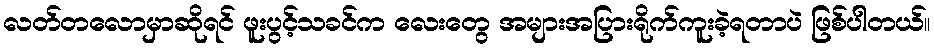
လတ်တလောမှာဆိုရင် ဖူးပွင့်သခင်က လေးတွေ အများအပြားရိုက်ကူးခဲ့ရတာပဲ ဖြစ်ပါတယ်။